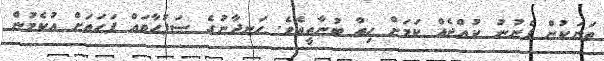
ތަނަކުން ފެނުނު ކުއްޖެއް ކަމަށް ހިތް ބުނާތީއެވެ. ހަނދާނުގެ ޞަފުޙާތައް ފަހަތަށް އުކެމުން